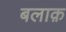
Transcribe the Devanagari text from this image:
बलाक़